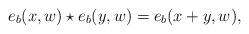
LaTeX: \begin{align*}e_b(x,w)\star e_b(y,w) = e_b(x+y,w),\end{align*}